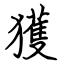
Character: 獲